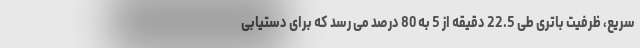
سریع، ظرفیت باتری طی 22.5 دقیقه از 5 به 80 درصد می رسد که برای دستیابی